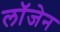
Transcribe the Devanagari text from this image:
लॉजेन